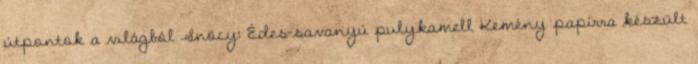
útpontok a világból Snöcy: Édes-savanyú pulykamell Kemény papírra készült